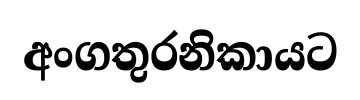
අංගතුරනිකායට